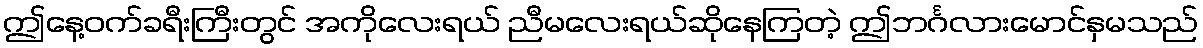
ဤနေ့ဝက်ခရီးကြီးတွင် အကိုလေးရယ် ညီမလေးရယ်ဆိုနေကြတဲ့ ဤဘင်္ဂလားမောင်နှမသည်